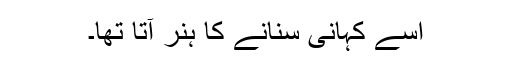
اسے کہانی سنانے کا ہنر آتا تھا۔